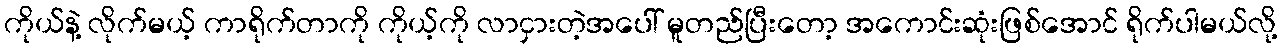
ကိုယ်နဲ့ လိုက်မယ့် ကာရိုက်တာကို ကိုယ့်ကို လာငှားတဲ့အပေါ် မူတည်ပြီးတော့ အကောင်းဆုံးဖြစ်အောင် ရိုက်ပါမယ်လို့